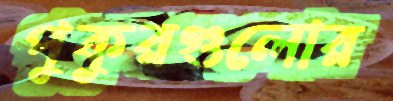
পুকুরগুলোর